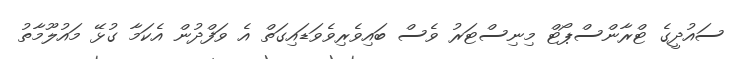
ސައުދީގެ ޓްރާންސްޕޯޓް މިނިސްޓަރު ވެސް ބައިވެރިވެވަޑައިގަތް އެ ވަފްދުން އެކަމާ ގުޅޭ މައުލޫމާތު